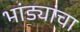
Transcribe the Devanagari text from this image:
भांड्यांचा